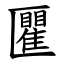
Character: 匷